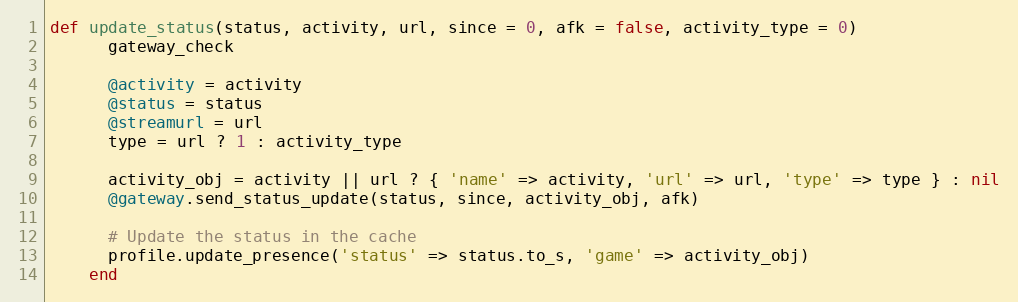
Language: Ruby
def update_status(status, activity, url, since = 0, afk = false, activity_type = 0)
      gateway_check

      @activity = activity
      @status = status
      @streamurl = url
      type = url ? 1 : activity_type

      activity_obj = activity || url ? { 'name' => activity, 'url' => url, 'type' => type } : nil
      @gateway.send_status_update(status, since, activity_obj, afk)

      # Update the status in the cache
      profile.update_presence('status' => status.to_s, 'game' => activity_obj)
    end